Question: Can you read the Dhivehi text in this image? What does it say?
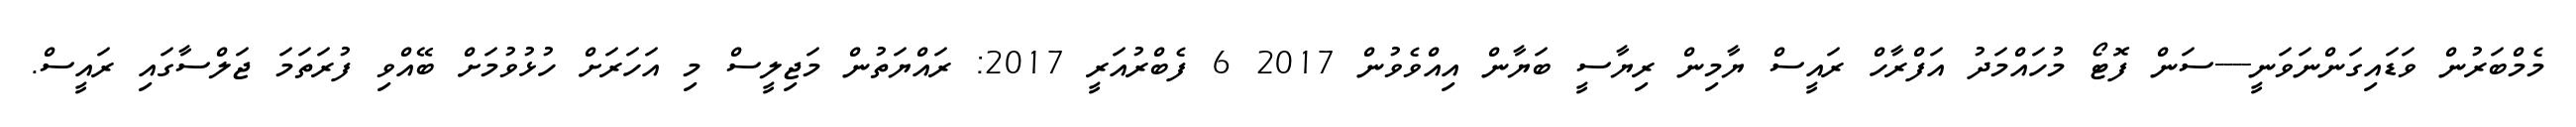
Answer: މެމްބަރުން ވަޑައިގަންނަވަނީ----ސަން ފޮޓޯ މުހައްމަދު އަފްރާހް ރައީސް ޔާމިން ރިޔާސީ ބަޔާން އިއްވެވުން 2017 6 ފެބްރުއަރީ 2017: ރައްޔަތުން މަޖިލީސް މި އަހަރަށް ހުޅުވުމަށް ބޭއްވި ފުރަތަމަ ޖަލްސާގައި ރައީސް.